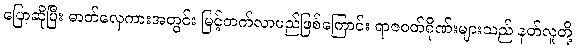
ပြောဆိုပြီး ဓာတ်လှေကားအတွင်း မြင့်တက်လာမည်ဖြစ်ကြောင်း ရာဇဝတ်ဂိုဏ်းများသည် နတ်လူတို့